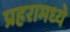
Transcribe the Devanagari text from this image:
प्रहरामध्ये